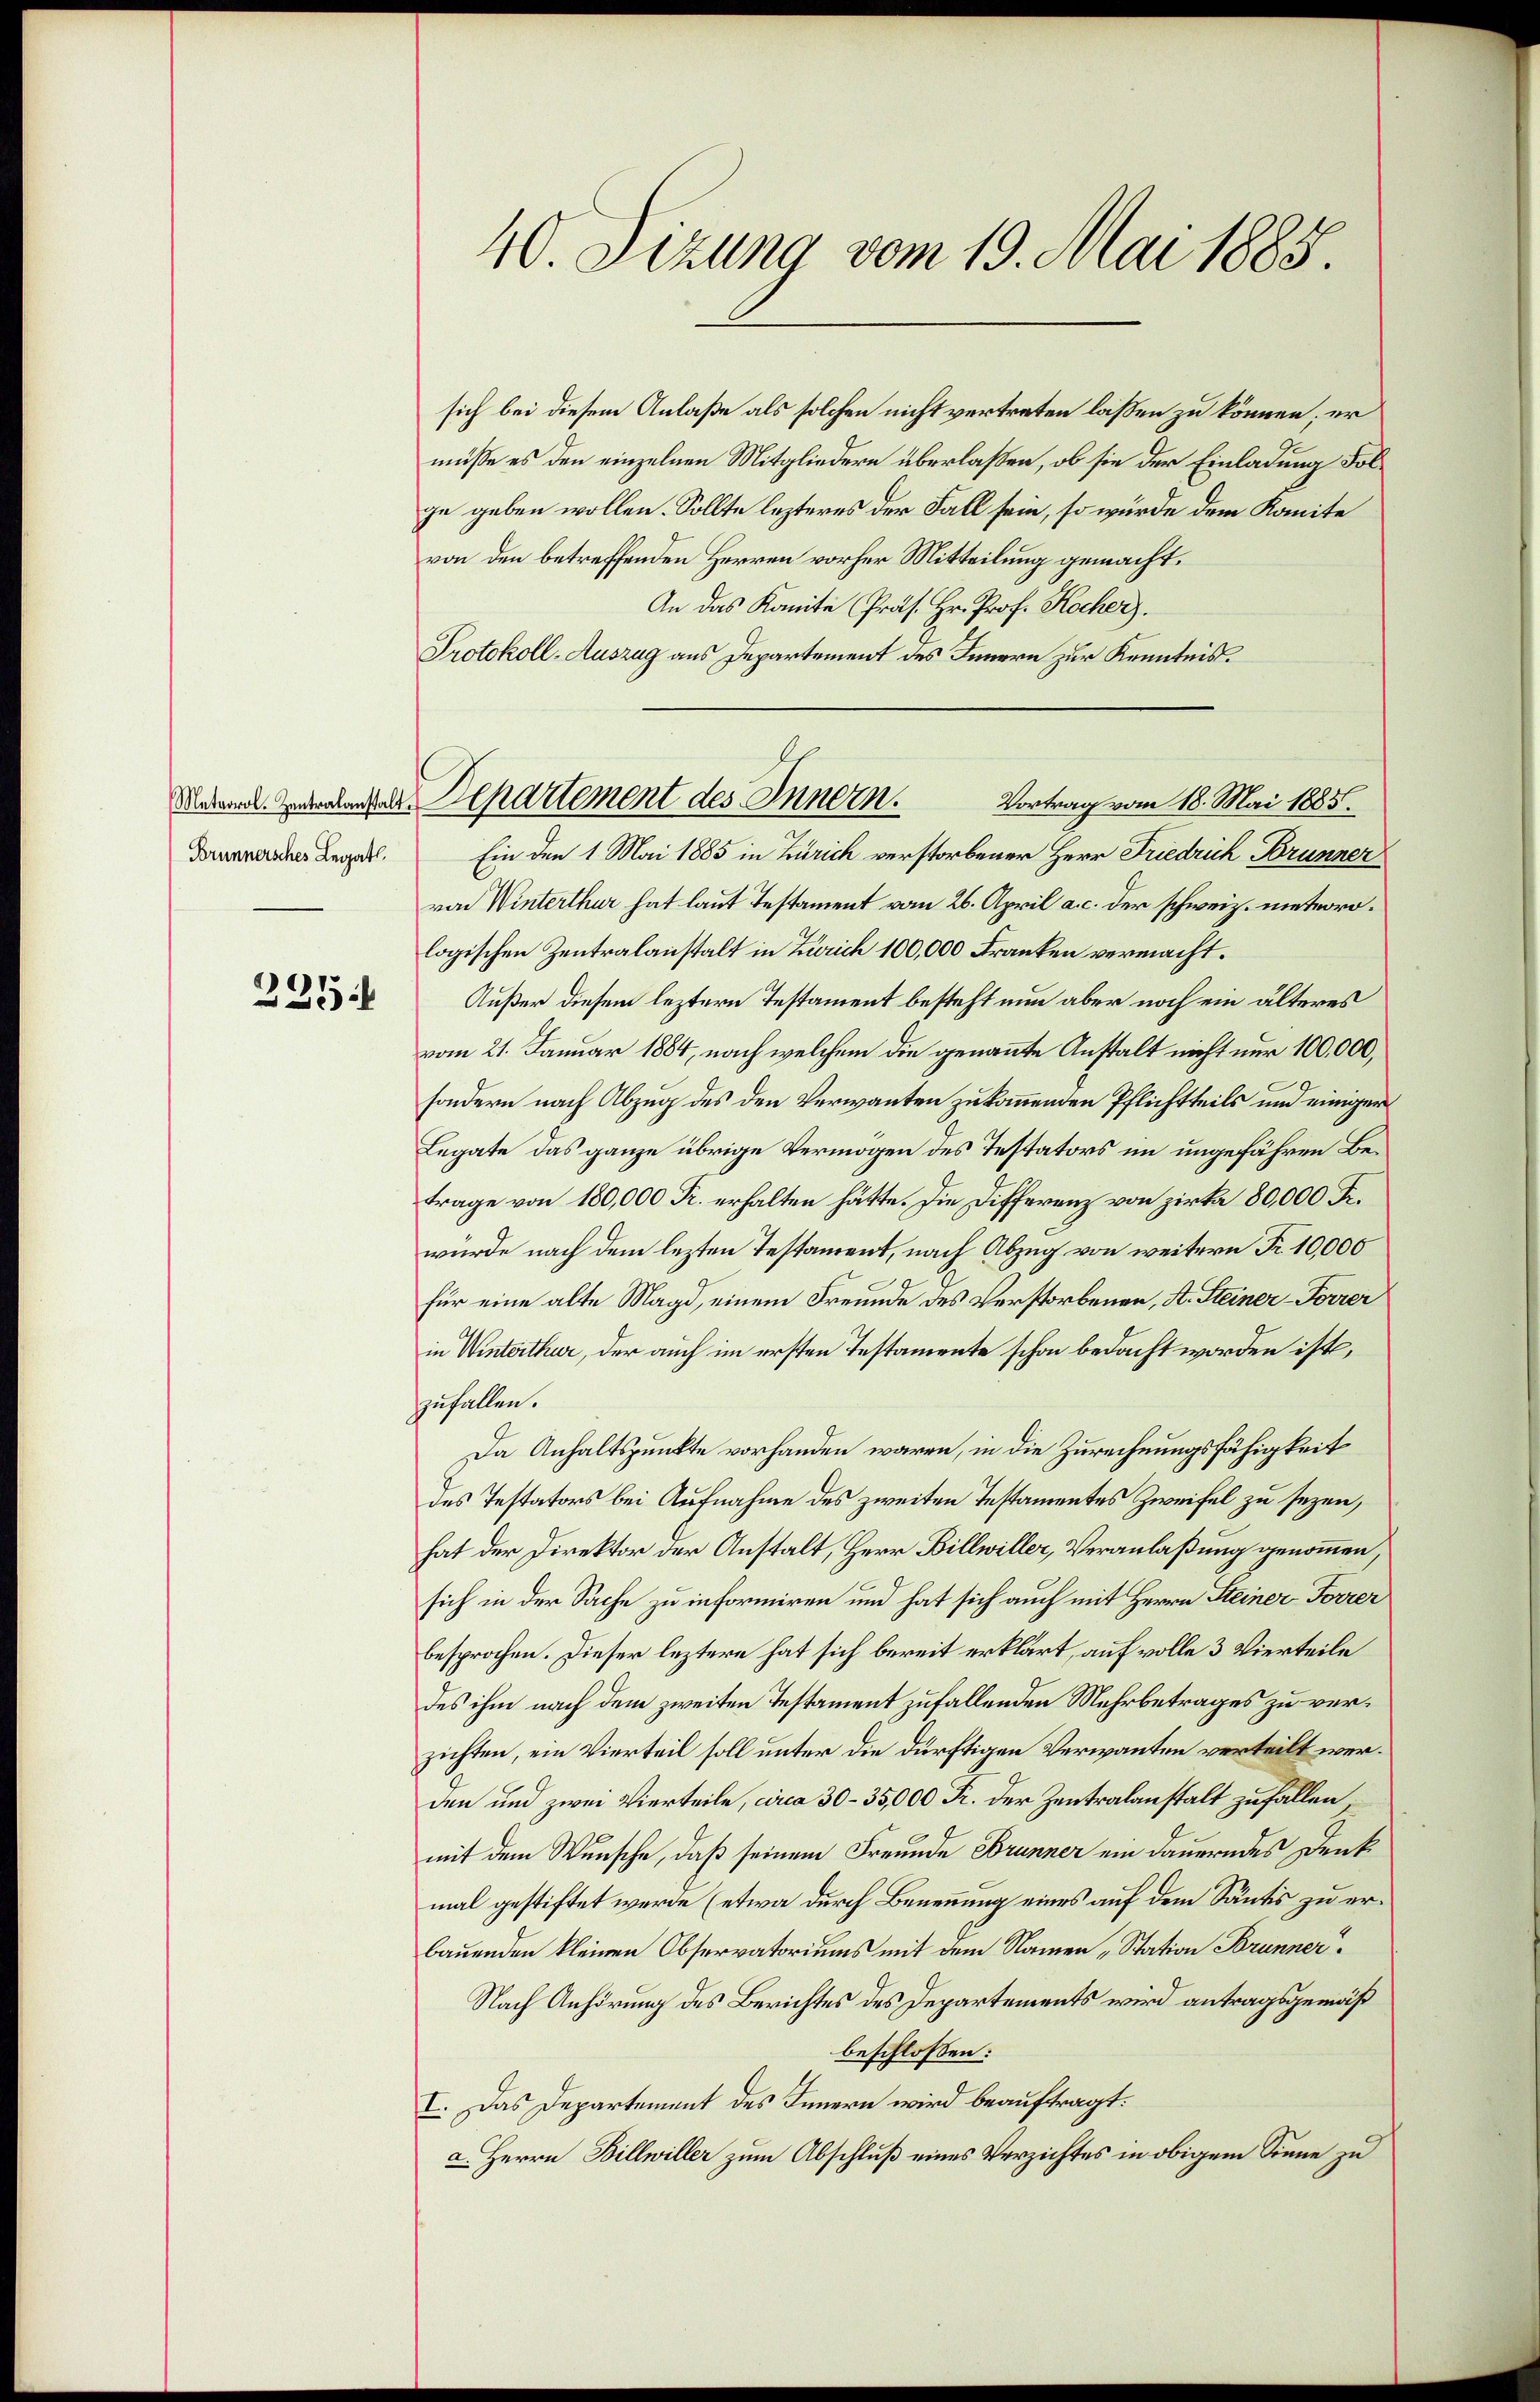
Brunnersches Legat

235

40. Sizung vom 19. Mai 1885.

sich bei diesem Anlaße als solchen nicht vertreten laßen zu können; er
müße es den einzelnen Mitgliedern überlaßen, ob sie der Einladung Folge geben wollen. Sollte lezteres der Fall sein, so würde dem Komite
von den betreffenden Herren vorher Mitteilung gemacht.
An das Komite Präs. Hr. Prof. Kocher).
Protokoll-Auszug aus Departement des Innern zur Kenntnis.
Ein den 1. Mai 1885 in Zürich verstorbener Herr Friedrich Brunner
von Winterthur hat laut Testament vom 26. April a. c. der schweiz. meteorologischen Zentralanstalt in Zürich 100,000 Franken vermacht.
Außer diesem leztern Testament besteht nun aber noch ein älteres
vom 21. Januar 1884, nach welchem die genannte Anstalt nicht nur 100,000,
sondern nach Abzug des den Verwanten zu kommenden Pflichtteils und einiger
Legate das ganze übrige Vermögen des Testators im ungefähren Betrage von 180,000 Fr. erhalten hätte. Die Differenz von Zirka 80,000 Fr.
wurde nach dem lezten Testament, nach Abzug von weitern Fr. 10,000
für eine alte Magd, einem Freunde des Verstorbenen, A. Steiner-Forrer
in Winterthur, der auch im ersten Testamente schon bedacht worden ist,
zufallen.
Da Anhaltspunkte vorhanden waren, in die Zurechnungsfähigkeit
des Testators bei Aufnahme des zweiten Testamentes Zweifel zu sezen,
hat der Direktor der Anstalt, Herr Billwiller, Veranlaßung genommen,
sich in der Sache zu informiren und hat sich auch mit Herrn Steiner Forrer
besprochen. Dieser leztere hat sich bereit erklärt, auf volle 3 Vierteile
des ihm nach dem zweiten Testament zufallenden Mehrbetrages zu verzichten, ein Vierteil soll unter die dürftigen Verwanten verteilt werden und zwei Vierteile, circa 30-35,000 Fr. der Zentralanstalt zufallen,
mit dem Wunsche, daß seinem Freunde Brunner ein dauerndes Denkmal gestiftet werde (etwa durch Benennung eines auf dem Säntis zu erbauenden kleinen Observatoriums mit dem Namen „Station Brunner
Nach Anhörung des Berichtes des Departements wird antragsgemäß
beschlossen:
I. Das Departement des Innern wird beauftragt.
a. Herrn Billwiller zum Abschluß eines Verzichtes in obigem Sinne zu

Es
Rekannt. Zudralanten Separtement des Innern. Vortrag vom 18. Mai 1885.